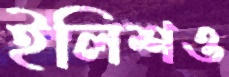
ইলিশও